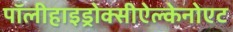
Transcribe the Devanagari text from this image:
पॉलीहाइड्रोक्सीऐल्केनोएट